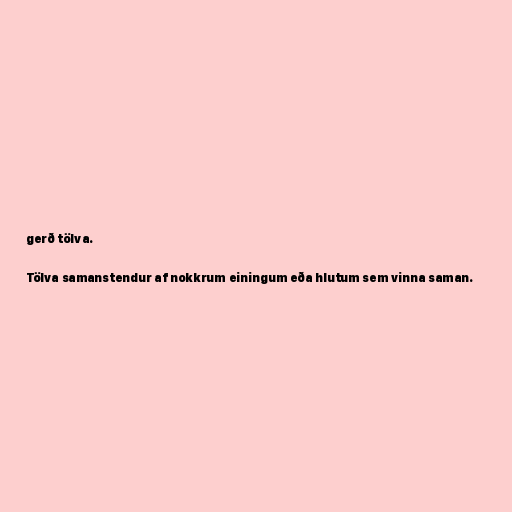
gerð tölva.

Tölva samanstendur af nokkrum einingum eða hlutum sem vinna saman.